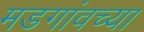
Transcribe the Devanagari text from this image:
मडगांवच्या